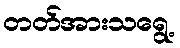
တတ်အားသရွေ့